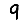
Digit: 9